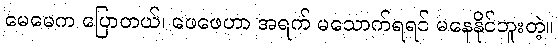
မေမေက ပြောတယ်၊ ဖေဖေဟာ အရက် မသောက်ရရင် မနေနိုင်ဘူးတဲ့။